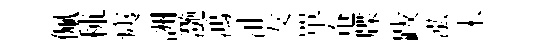
佩秫痍詶灔鴻沚友單奄牒跋泓未